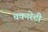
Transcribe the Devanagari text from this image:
चकारेटी